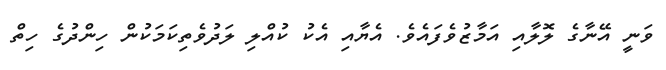
ވަނީ އޭނާގެ ލޮލާއި އަމާޒުވެފައެވެ. އެޔާއި އެކު ކުއްލި ލަދުވެތިކަމަކުން ހިންދުގެ ހިތް